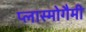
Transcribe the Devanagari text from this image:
प्लास्मोगैमी